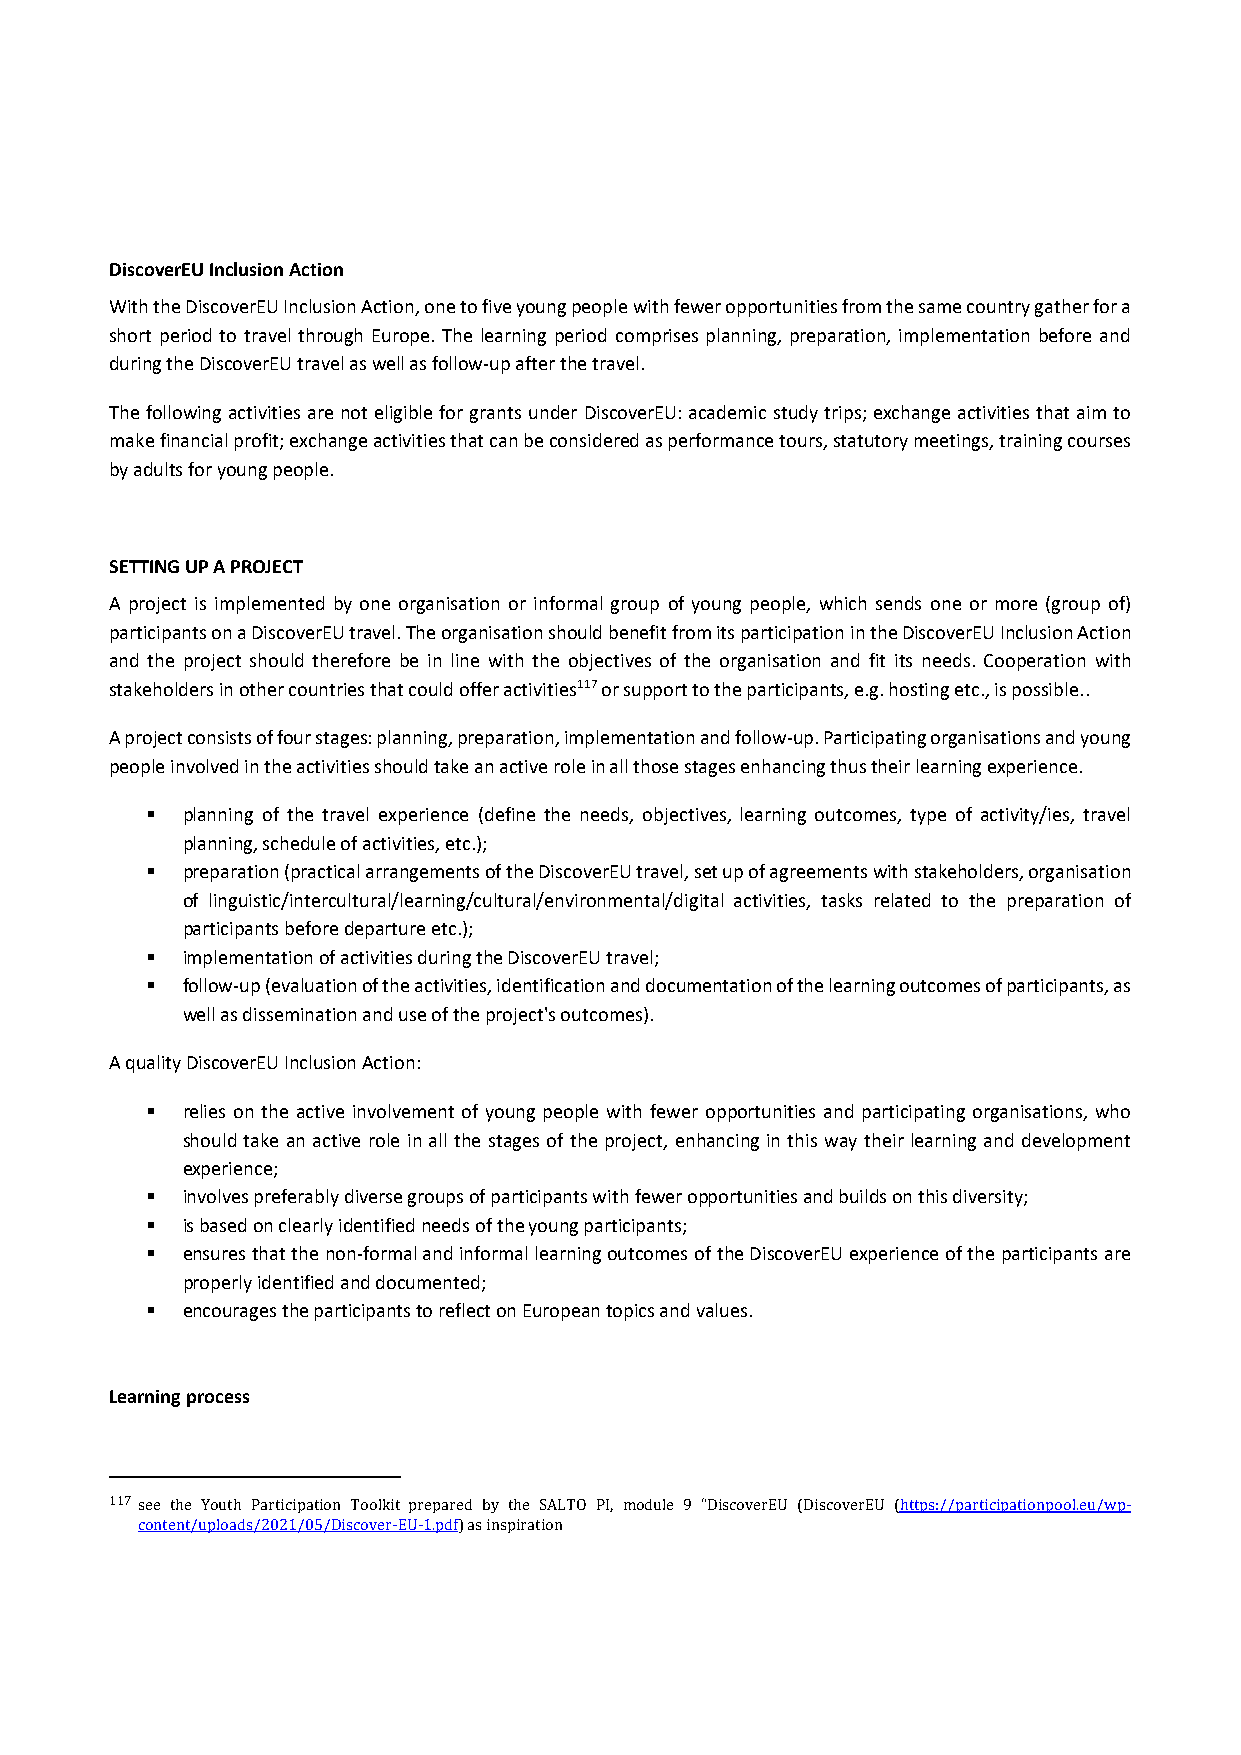
DiscoverEU Inclusion Action
 With the DiscoverEU Inclusion Action, one to five young people with fewer opportunities from the same country gather for a
 short period to travel through Europe. The learning period comprises planning, preparation, implementation before and
 during the DiscoverEU travel as well as follow‐up after the travel.
 The following activities are not eligible for grants under DiscoverEU: academic study trips; exchange activities that aim to
 make financial profit; exchange activities that can be considered as performance tours, statutory meetings, training courses
 by adults for young people.
 SETTING UP A PROJECT
 A project is implemented by one organisation or informal group of young people, which sends one or more (group of)
 participants on a DiscoverEU travel. The organisation should benefit from its participation in the DiscoverEU Inclusion Action
 and the project should therefore be in line with the objectives of the organisation and fit its needs. Cooperation with
 stakeholders in other countries that could offer activities117 or support to the participants, e.g. hosting etc., is possible..
 A project consists of four stages: planning, preparation, implementation and follow‐up. Participating organisations and young
 people involved in the activities should take an active role in all those stages enhancing thus their learning experience.
  planning of the travel experience (define the needs, objectives, learning outcomes, type of activity/ies, travel
 planning, schedule of activities, etc.);
  preparation (practical arrangements of the DiscoverEU travel, set up of agreements with stakeholders, organisation
 of linguistic/intercultural/learning/cultural/environmental/digital activities, tasks related to the preparation of
 participants before departure etc.);
  implementation of activities during the DiscoverEU travel;
  follow‐up (evaluation of the activities, identification and documentation of the learning outcomes of participants, as
 well as dissemination and use of the project's outcomes).
 A quality DiscoverEU Inclusion Action:
  relies on the active involvement of young people with fewer opportunities and participating organisations, who
 should take an active role in all the stages of the project, enhancing in this way their learning and development
 experience;
  involves preferably diverse groups of participants with fewer opportunities and builds on this diversity;
  is based on clearly identified needs of the young participants;
  ensures that the non‐formal and informal learning outcomes of the DiscoverEU experience of the participants are
 properly identified and documented;
  encourages the participants to reflect on European topics and values.
 Learning process
 117 see the Youth Participation Toolkit prepared by the SALTO PI, module 9 “DiscoverEU (DiscoverEU (https://participationpool.eu/wp‐
 content/uploads/2021/05/Discover‐EU‐1.pdf) as inspiration